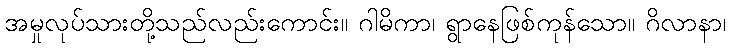
အမှုလုပ်သားတို့သည်လည်းကောင်း။ ဂါမိကာ၊ ရွာနေဖြစ်ကုန်သော။ ဂိလာနာ၊